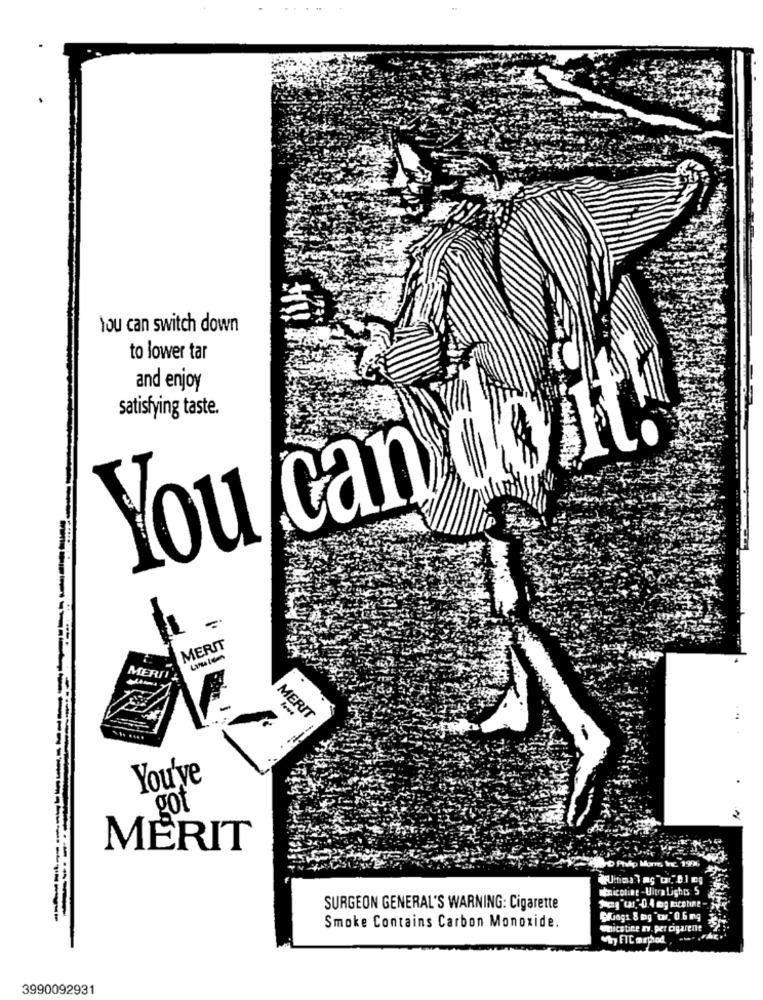
You can switch down
to lower tar
and enjoy
satisfying taste.
---
do it.
You can
MERIT
MERIT
MERIT
... ....
You'ye
got
MERIT
WD Phip Mom VE 19%
Itnicotine -Ultra Lights 5
SURGEON GENERAL'S WARNING: Cigarette
Jeong "tar,'0.4 mg micetint -.
Smoke Contains Carbon Monoxide.
Suogs 8 mg "tar," 0.6 mg
wicstine ry. per cigarene
why FIC method
3990092931